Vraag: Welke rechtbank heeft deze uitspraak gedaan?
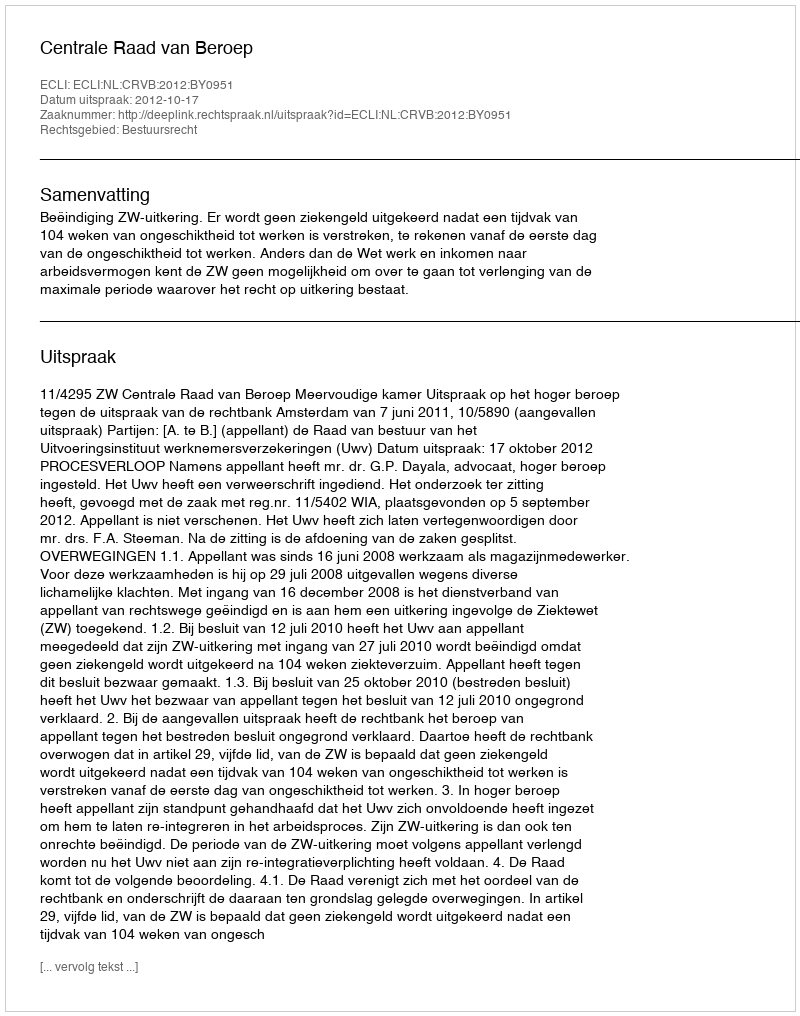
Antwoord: Centrale Raad van Beroep